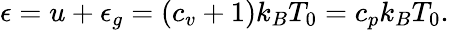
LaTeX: \epsilon=u+\epsilon_{g}=(c_{v}+1)k_{B}T_{0}=c_{p}k_{B}T_{0}.